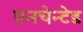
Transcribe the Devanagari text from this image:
एनचेन्टेड